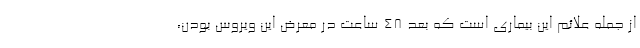
از جمله علائم این بیماری است که بعد ۴۸ ساعت در معرض این ویروس بودن،